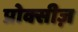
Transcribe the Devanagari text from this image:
प्रोक्सीज़